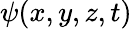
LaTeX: \psi(x,y,z,t)